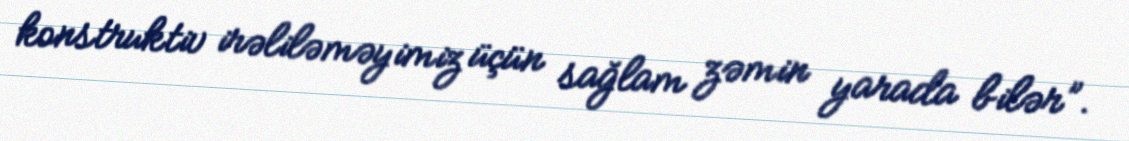
konstruktiv irəliləməyimiz üçün sağlam zəmin yarada bilər”.